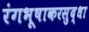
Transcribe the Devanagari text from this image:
रंगभूषाकरसुद्धा